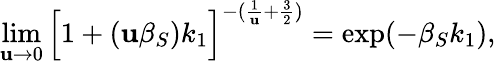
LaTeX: \operatorname*{lim}_{\mathbf{u}\rightarrow0}\Big[1+(\mathbf{u}\beta_{S})k_{1}\Big]^{-(\frac{{1}}{{\mathbf{u}}}+\frac{{3}}{{2}})}=\exp(-\beta_{S}k_{1}),